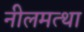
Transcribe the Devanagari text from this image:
नीलमत्था